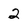
Character: 2